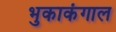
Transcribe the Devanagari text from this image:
भुकाकंगाल